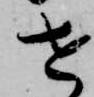
せ